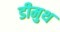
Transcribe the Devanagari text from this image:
डीमुथ